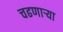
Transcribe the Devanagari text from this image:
चढणार्‍या